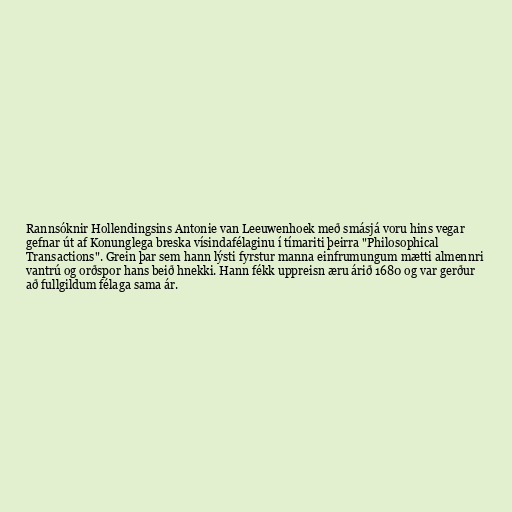
Rannsóknir Hollendingsins Antonie van Leeuwenhoek með smásjá voru hins vegar
gefnar út af Konunglega breska vísindafélaginu í tímariti þeirra "Philosophical
Transactions". Grein þar sem hann lýsti fyrstur manna einfrumungum mætti almennri
vantrú og orðspor hans beið hnekki. Hann fékk uppreisn æru árið 1680 og var gerður
að fullgildum félaga sama ár.